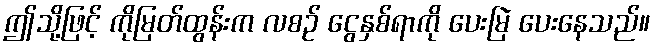
ဤသို့ဖြင့် ကိုမြတ်ထွန်းက လစဉ် ငွေနှစ်ရာကို ပေးမြဲ ပေးနေသည်။